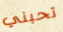
تحبني